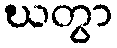
ဃတွာ